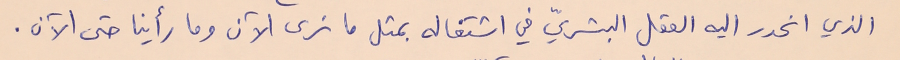
الذي انحدر اليه العقل البشريّ في اشتغاله بمثل ما نرى الآن وما رأينا حتى الآن.